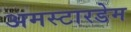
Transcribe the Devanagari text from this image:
अमस्टारडेम